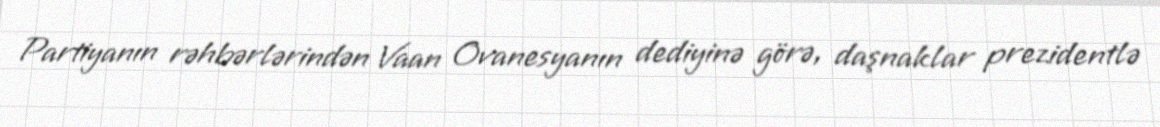
Partiyanın rəhbərlərindən Vaan Ovanesyanın dediyinə görə, daşnaklar prezidentlə